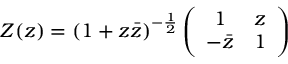
Z ( z ) = ( 1 + z \bar { z } ) ^ { - \frac { 1 } { 2 } } \left( \begin{array} { c c } { { 1 } } & { { z } } \\ { { - \bar { z } } } & { { 1 } } \end{array} \right)